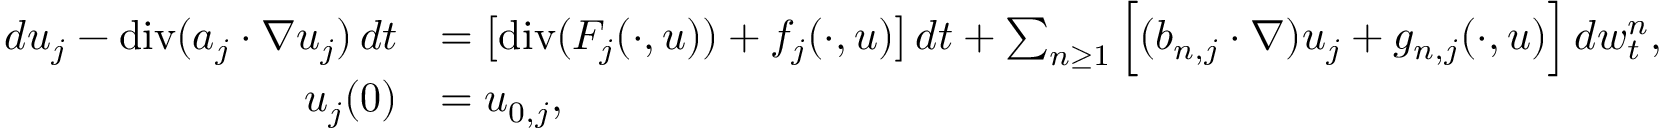
\begin{array} { r l } { d u _ { j } - \normalfont { \mathrm { d i v } } ( a _ { j } \cdot \nabla u _ { j } ) \, d t } & { = \big [ \normalfont { \mathrm { d i v } } ( F _ { j } ( \cdot , u ) ) + f _ { j } ( \cdot , u ) \big ] \, d t + \sum _ { n \geq 1 } \Big [ ( b _ { n , j } \cdot \nabla ) u _ { j } + g _ { n , j } ( \cdot , u ) \Big ] \, d w _ { t } ^ { n } , } \\ { u _ { j } ( 0 ) } & { = u _ { 0 , j } , } \end{array}